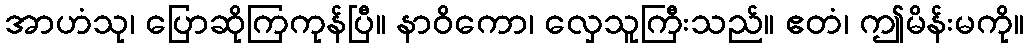
အာဟံသု၊ ပြောဆိုကြကုန်ပြီ။ နာဝိကော၊ လှေသူကြီးသည်။ ဧတံ၊ ဤမိန်းမကို။